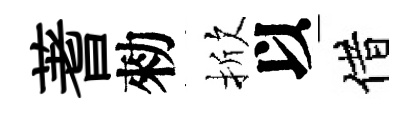
蓍勑掀以借